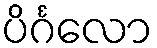
ပိင်္ဂလော